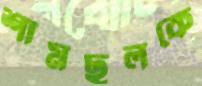
শামছুলকে